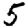
Digit: 5